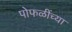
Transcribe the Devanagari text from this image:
पोफळींच्या